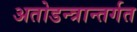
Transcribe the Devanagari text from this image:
अतोडन्त्रान्तर्गत